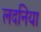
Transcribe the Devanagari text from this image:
लदनिया